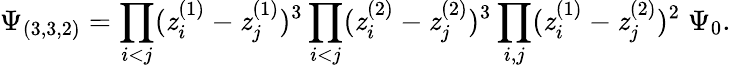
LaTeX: \Psi_{(3,3,2)}=\prod_{i<j}(\mathit{z}_{i}^{(1)}-\mathit{z}_{j}^{(1)})^{3}\prod_{i<j}(\mathit{z}_{i}^{(2)}-\mathit{z}_{j}^{(2)})^{3}\prod_{i,j}(\mathit{z}_{i}^{(1)}-\mathit{z}_{j}^{(2)})^{2}\; \Psi_{0}.